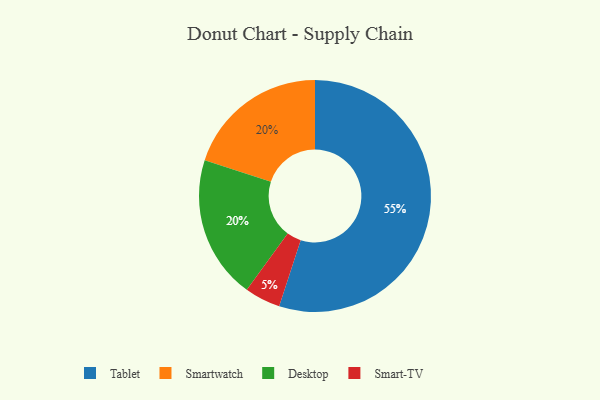
{"axis": {"x": "Category", "y": "Percentage"}, "legend": ["Desktop", "Smart-TV", "Smartwatch", "Tablet"], "data": [{"x": "Smartwatch", "y": 20, "type": "Smartwatch"}, {"x": "Smart-TV", "y": 5, "type": "Smart-TV"}, {"x": "Tablet", "y": 55, "type": "Tablet"}, {"x": "Desktop", "y": 20, "type": "Desktop"}]}